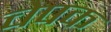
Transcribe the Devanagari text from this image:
चेपक